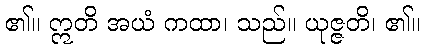
၏။ ဣတိ အယံ ကထာ၊ သည်။ ယုဇ္ဇတိ၊ ၏။